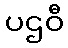
ပဌဝီ